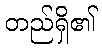
တည်ရှိ၏